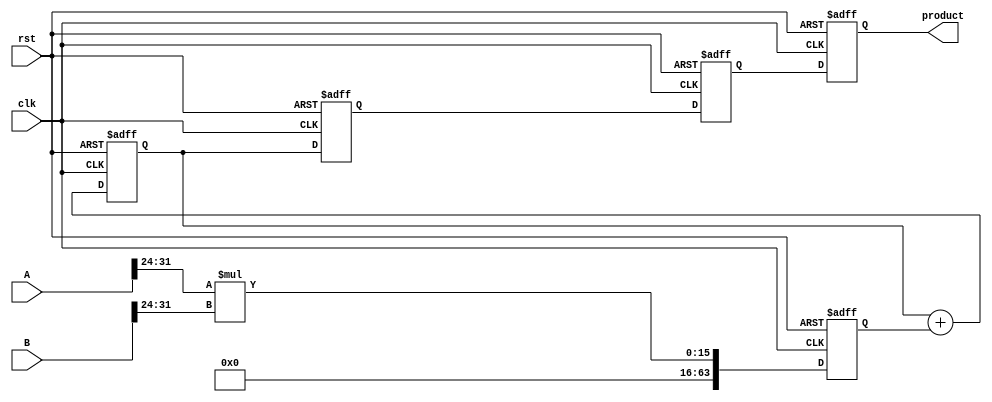
module pipelined_sliced_multiplier #(
    parameter N = 32, // Width of the operands
    parameter M = 4   // Number of slices
)(
    input clk,
    input rst,
    input [N-1:0] A,
    input [N-1:0] B,
    output reg [2*N-1:0] product
);

    // Slice width
    localparam SLICE_WIDTH = N / M;

    // Intermediate signals
    reg [SLICE_WIDTH-1:0] A_slices[M-1:0];
    reg [SLICE_WIDTH-1:0] B_slices[M-1:0];
    reg [2*SLICE_WIDTH-1:0] partial_products[M-1:0];
    reg [2*N-1:0] sum_partial_products;

    // Pipeline registers
    reg [2*N-1:0] stage1_reg [M-1:0]; // Stage 1: Slice Multiplication
    reg [2*N-1:0] stage2_reg;          // Stage 2: Partial Product Generation
    reg [2*N-1:0] stage3_reg;          // Stage 3: Addition of Partial Products

    // Slice the inputs
    integer i;
    always @(*) begin
        for (i = 0; i < M; i = i + 1) begin
            A_slices[i] = A[(i+1)*SLICE_WIDTH-1 -: SLICE_WIDTH];
            B_slices[i] = B[(i+1)*SLICE_WIDTH-1 -: SLICE_WIDTH];
        end
    end

    // Stage 1: Slice Multiplication
    always @(posedge clk or posedge rst) begin
        if (rst) begin
            for (i = 0; i < M; i = i + 1) begin
                stage1_reg[i] <= 0;
            end
        end else begin
            for (i = 0; i < M; i = i + 1) begin
                stage1_reg[i] <= A_slices[i] * B_slices[i];
            end
        end
    end

    // Stage 2: Partial Product Generation
    always @(posedge clk or posedge rst) begin
        if (rst) begin
            sum_partial_products <= 0;
        end else begin
            sum_partial_products <= 0;
            for (i = 0; i < M; i = i + 1) begin
                sum_partial_products <= sum_partial_products + stage1_reg[i];
            end
        end
    end

    // Stage 3: Final Addition of Partial Products
    always @(posedge clk or posedge rst) begin
        if (rst) begin
            stage2_reg <= 0;
            stage3_reg <= 0;
            product <= 0;
        end else begin
            stage2_reg <= sum_partial_products;
            stage3_reg <= stage2_reg;
            product <= stage3_reg;
        end
    end

endmodule